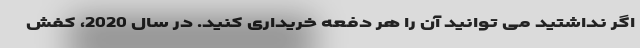
اگر نداشتید می توانید آن را هر دفعه خریداری کنید. در سال 2020، کفش